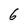
Character: 6